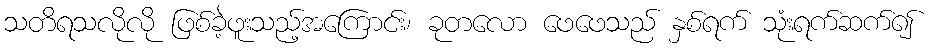
သတိရသလိုလို ဖြစ်ခဲ့ဖူးသည့်အကြောင်း၊ ခုတလော ဖေဖေသည် နှစ်ရက် သုံးရက်ဆက်၍